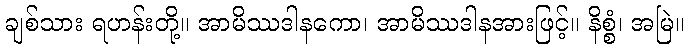
ချစ်သား ရဟန်းတို့။ အာမိဿဒါနကော၊ အာမိဿဒါနအားဖြင့်။ နိစ္စံ၊ အမြဲ။